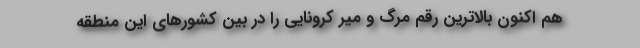
هم اکنون بالاترین رقم مرگ و میر کرونایی را در بین کشورهای این منطقه